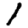
Digit: 1